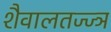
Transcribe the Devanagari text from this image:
शैवालतज्ज्ञ